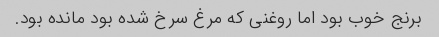
برنج خوب بود اما روغنی که مرغ سرخ شده بود مانده بود.